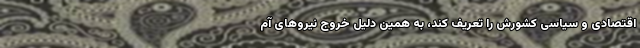
اقتصادی و سیاسی کشورش را تعریف کند، به همین دلیل خروج نیرو‌های آم